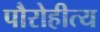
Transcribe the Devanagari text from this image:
पौरोहीत्य